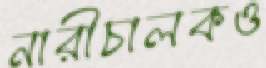
নারীচালকও